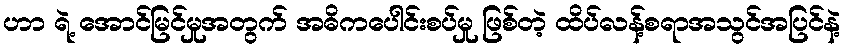
ဟာ ရဲ့ အောင်မြင်မှုအတွက် အဓိကပေါင်းစပ်မှု ဖြစ်တဲ့ ထိပ်လန့်စရာအသွင်အပြင်နဲ့